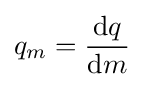
q_{m}={\frac {\mathrm {d} q}{\mathrm {d} m}}